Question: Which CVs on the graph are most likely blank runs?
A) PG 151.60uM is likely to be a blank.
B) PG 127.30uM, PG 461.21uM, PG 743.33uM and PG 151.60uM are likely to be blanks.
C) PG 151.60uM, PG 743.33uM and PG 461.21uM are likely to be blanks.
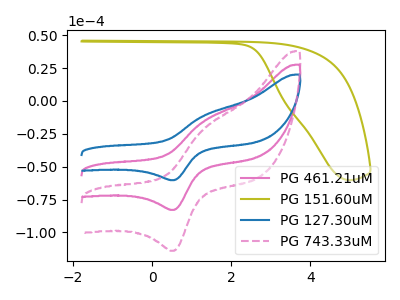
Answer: <think>The pink curve "PG 461.21uM" has an anodic peak at (1.30V, -15.25uA) and a cathodic peak at (0.55V, -82.85uA). The olive curve "PG 151.60uM" has no peaks. The blue curve "PG 127.30uM" has an anodic peak at (1.30V, -11.10uA) and a cathodic peak at (0.55V, -60.25uA). The pink dashed curve "PG 743.33uM" has an anodic peak at (1.30V, -30.50uA) and a cathodic peak at (0.55V, -165.70uA).</think>
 <answer>A) "PG 151.60uM" is likely to be a blank.</answer>
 <eval>A</eval>